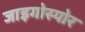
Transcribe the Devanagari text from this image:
जाइगोस्पोर